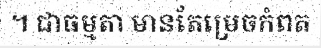
។ ជាធម្មតា មានតែម្រេចកំពត